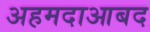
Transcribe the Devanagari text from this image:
अहमदाआबद